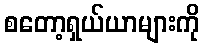
စတော့ရှယ်ယာများကို